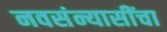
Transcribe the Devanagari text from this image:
नवसंन्यासींचा